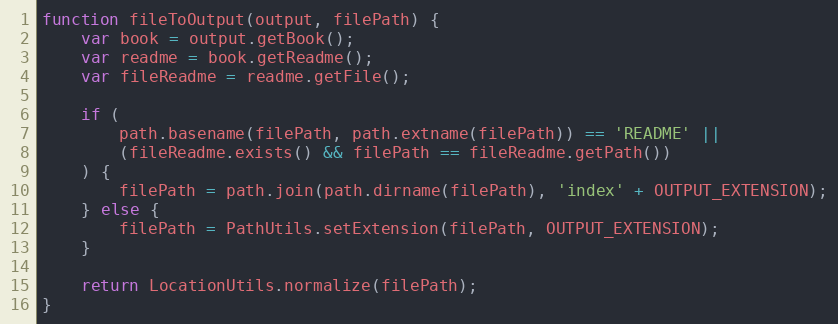
Language: JavaScript
function fileToOutput(output, filePath) {
    var book = output.getBook();
    var readme = book.getReadme();
    var fileReadme = readme.getFile();

    if (
        path.basename(filePath, path.extname(filePath)) == 'README' ||
        (fileReadme.exists() && filePath == fileReadme.getPath())
    ) {
        filePath = path.join(path.dirname(filePath), 'index' + OUTPUT_EXTENSION);
    } else {
        filePath = PathUtils.setExtension(filePath, OUTPUT_EXTENSION);
    }

    return LocationUtils.normalize(filePath);
}